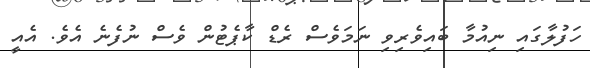
ހަފުލާގައި ނިއުމާ ބައިވެރިވި ނަމަވެސް ރެޑް ކާޕެޓުން ވެސް ނުފެނެ އެވެ. އެއީ